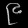
Digit: ၉